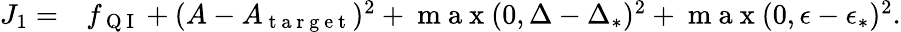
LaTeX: \begin{array}{rl}{J_{1}=}&{{}f_{\mathrm{~Q~I~}}+(A-A_{\mathrm{~t~a~r~g~e~t~}})^{2}+\mathrm{~m~a~x~}(0,\Delta-\Delta_{*})^{2}+\mathrm{~m~a~x~}(0,\epsilon-\epsilon_{*})^{2}.}\end{array}